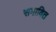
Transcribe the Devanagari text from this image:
समावित